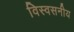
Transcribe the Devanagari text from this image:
विस्वसनीय